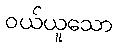
ဝယ်ယူသော